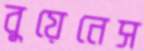
বুয়েনেস